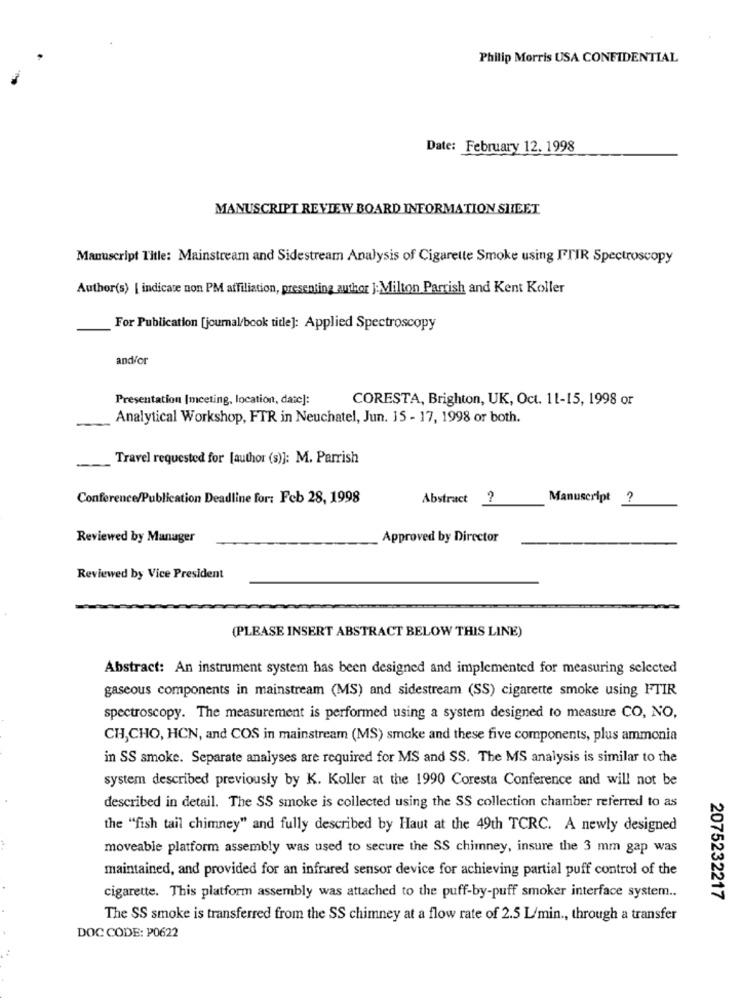
Philip Morris USA CONFIDENTIAL
Date: February 12. 1998
MANUSCRIPT REVIEW BOARD INFORMATION SHEET
Manuscript Title: Mainstream and Sidestream Analysis of Cigarette Smoke using FTIR Spectroscopy
Author(s) | indicate non PM affiliation, presenting author ]: Milton Parrish and Kent Koller
For Publication [journal/book title]: Applied Spectroscopy
and/or
Presentation [meeting, location, date]:
CORESTA, Brighton, UK, Oct. 11-15, 1998 or
Analytical Workshop, FTR in Neuchatel, Jun. 15 - 17, 1998 or both.
Travel requested for [author (s)]: M. Parrish
Conference/Publication Deadline for: Feb 28, 1998
Abstract ?
Manuscript ?
Reviewed by Manager
Approved by Director
Reviewed by Vice President
(PLEASE INSERT ABSTRACT BELOW THIS LINE)
Abstract: An instrument system has been designed and implemented for measuring selected
gaseous components in mainstream (MS) and sidestream (SS) cigarette smoke using FTIR
spectroscopy. The measurement is performed using a system designed to measure CO, NO,
CH,CHO, HCN, and COS in mainstream (MS) smoke and these five components, plus ammonia
in SS smoke. Separate analyses are required for MS and SS. The MS analysis is similar to the
system described previously by K. Koller at the 1990 Coresta Conference and will not be
described in detail. The SS smoke is collected using the SS collection chamber referred to as
the "fish tail chimney" and fully described by Haut at the 49th TCRC. A newly designed
moveable platform assembly was used to secure the SS chimney, insure the 3 mm gap was
maintained, and provided for an infrared sensor device for achieving partial puff control of the
cigarette. This platform assembly was attached to the puff-by-puff smoker interface system ..
2075232217
The SS smoke is transferred from the SS chimney at a flow rate of 2.5 L/min ., through a transfer
DOC CODE: P0622